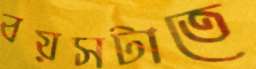
বয়সটাতে